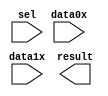
module lpm_mux63951 (
	data0x,
	data1x,
	sel,
	result);

	input	[23:0]  data0x;
	input	[23:0]  data1x;
	input	  sel;
	output	[23:0]  result;

endmodule